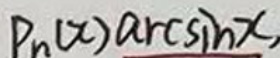
$P_{n}(x)\arcsin x,$